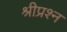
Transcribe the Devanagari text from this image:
श्रीप्रश्न